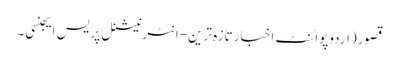
قصور(اردوپوائنٹ اخبارتازہ ترین-انٹرنیشنل پریس ایجنسی۔